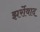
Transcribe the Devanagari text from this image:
झर्रोवाद